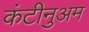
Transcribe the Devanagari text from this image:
कंटीनुअम